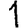
Digit: 1